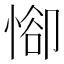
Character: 𢜭